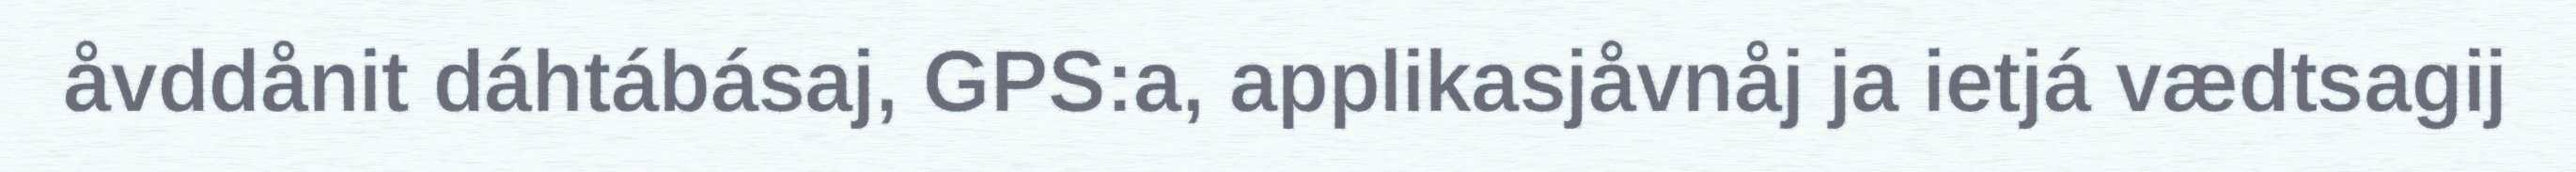
åvddånit dáhtábásaj, GPS:a, applikasjåvnåj ja ietjá vædtsagij